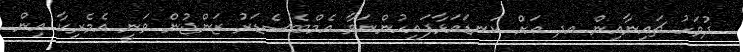
ދުވަހު ޗައިނާއިން އދ އަށް ކަނޑައަޅާފައިހުންނަވާ އެމްބެސެޑަރު ޒަންޖުން ވަނީ އެމެރިކާ އިން